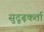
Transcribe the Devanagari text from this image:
सुदृढ़कर्ता